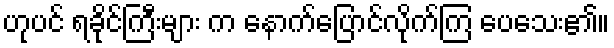
ဟုပင် ရခိုင်ကြီးများ က နောက်ပြောင်လိုက်ကြ ပေသေး၏။